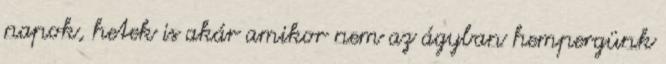
napok, hetek is akár amikor nem az ágyban hempergünk